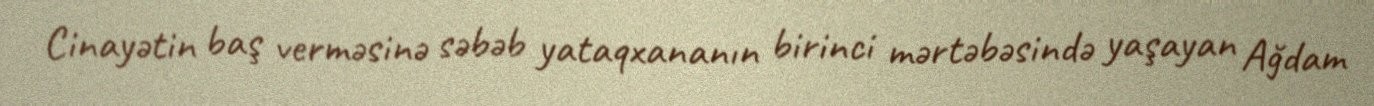
Cinayətin baş verməsinə səbəb yataqxananın birinci mərtəbəsində yaşayan Ağdam